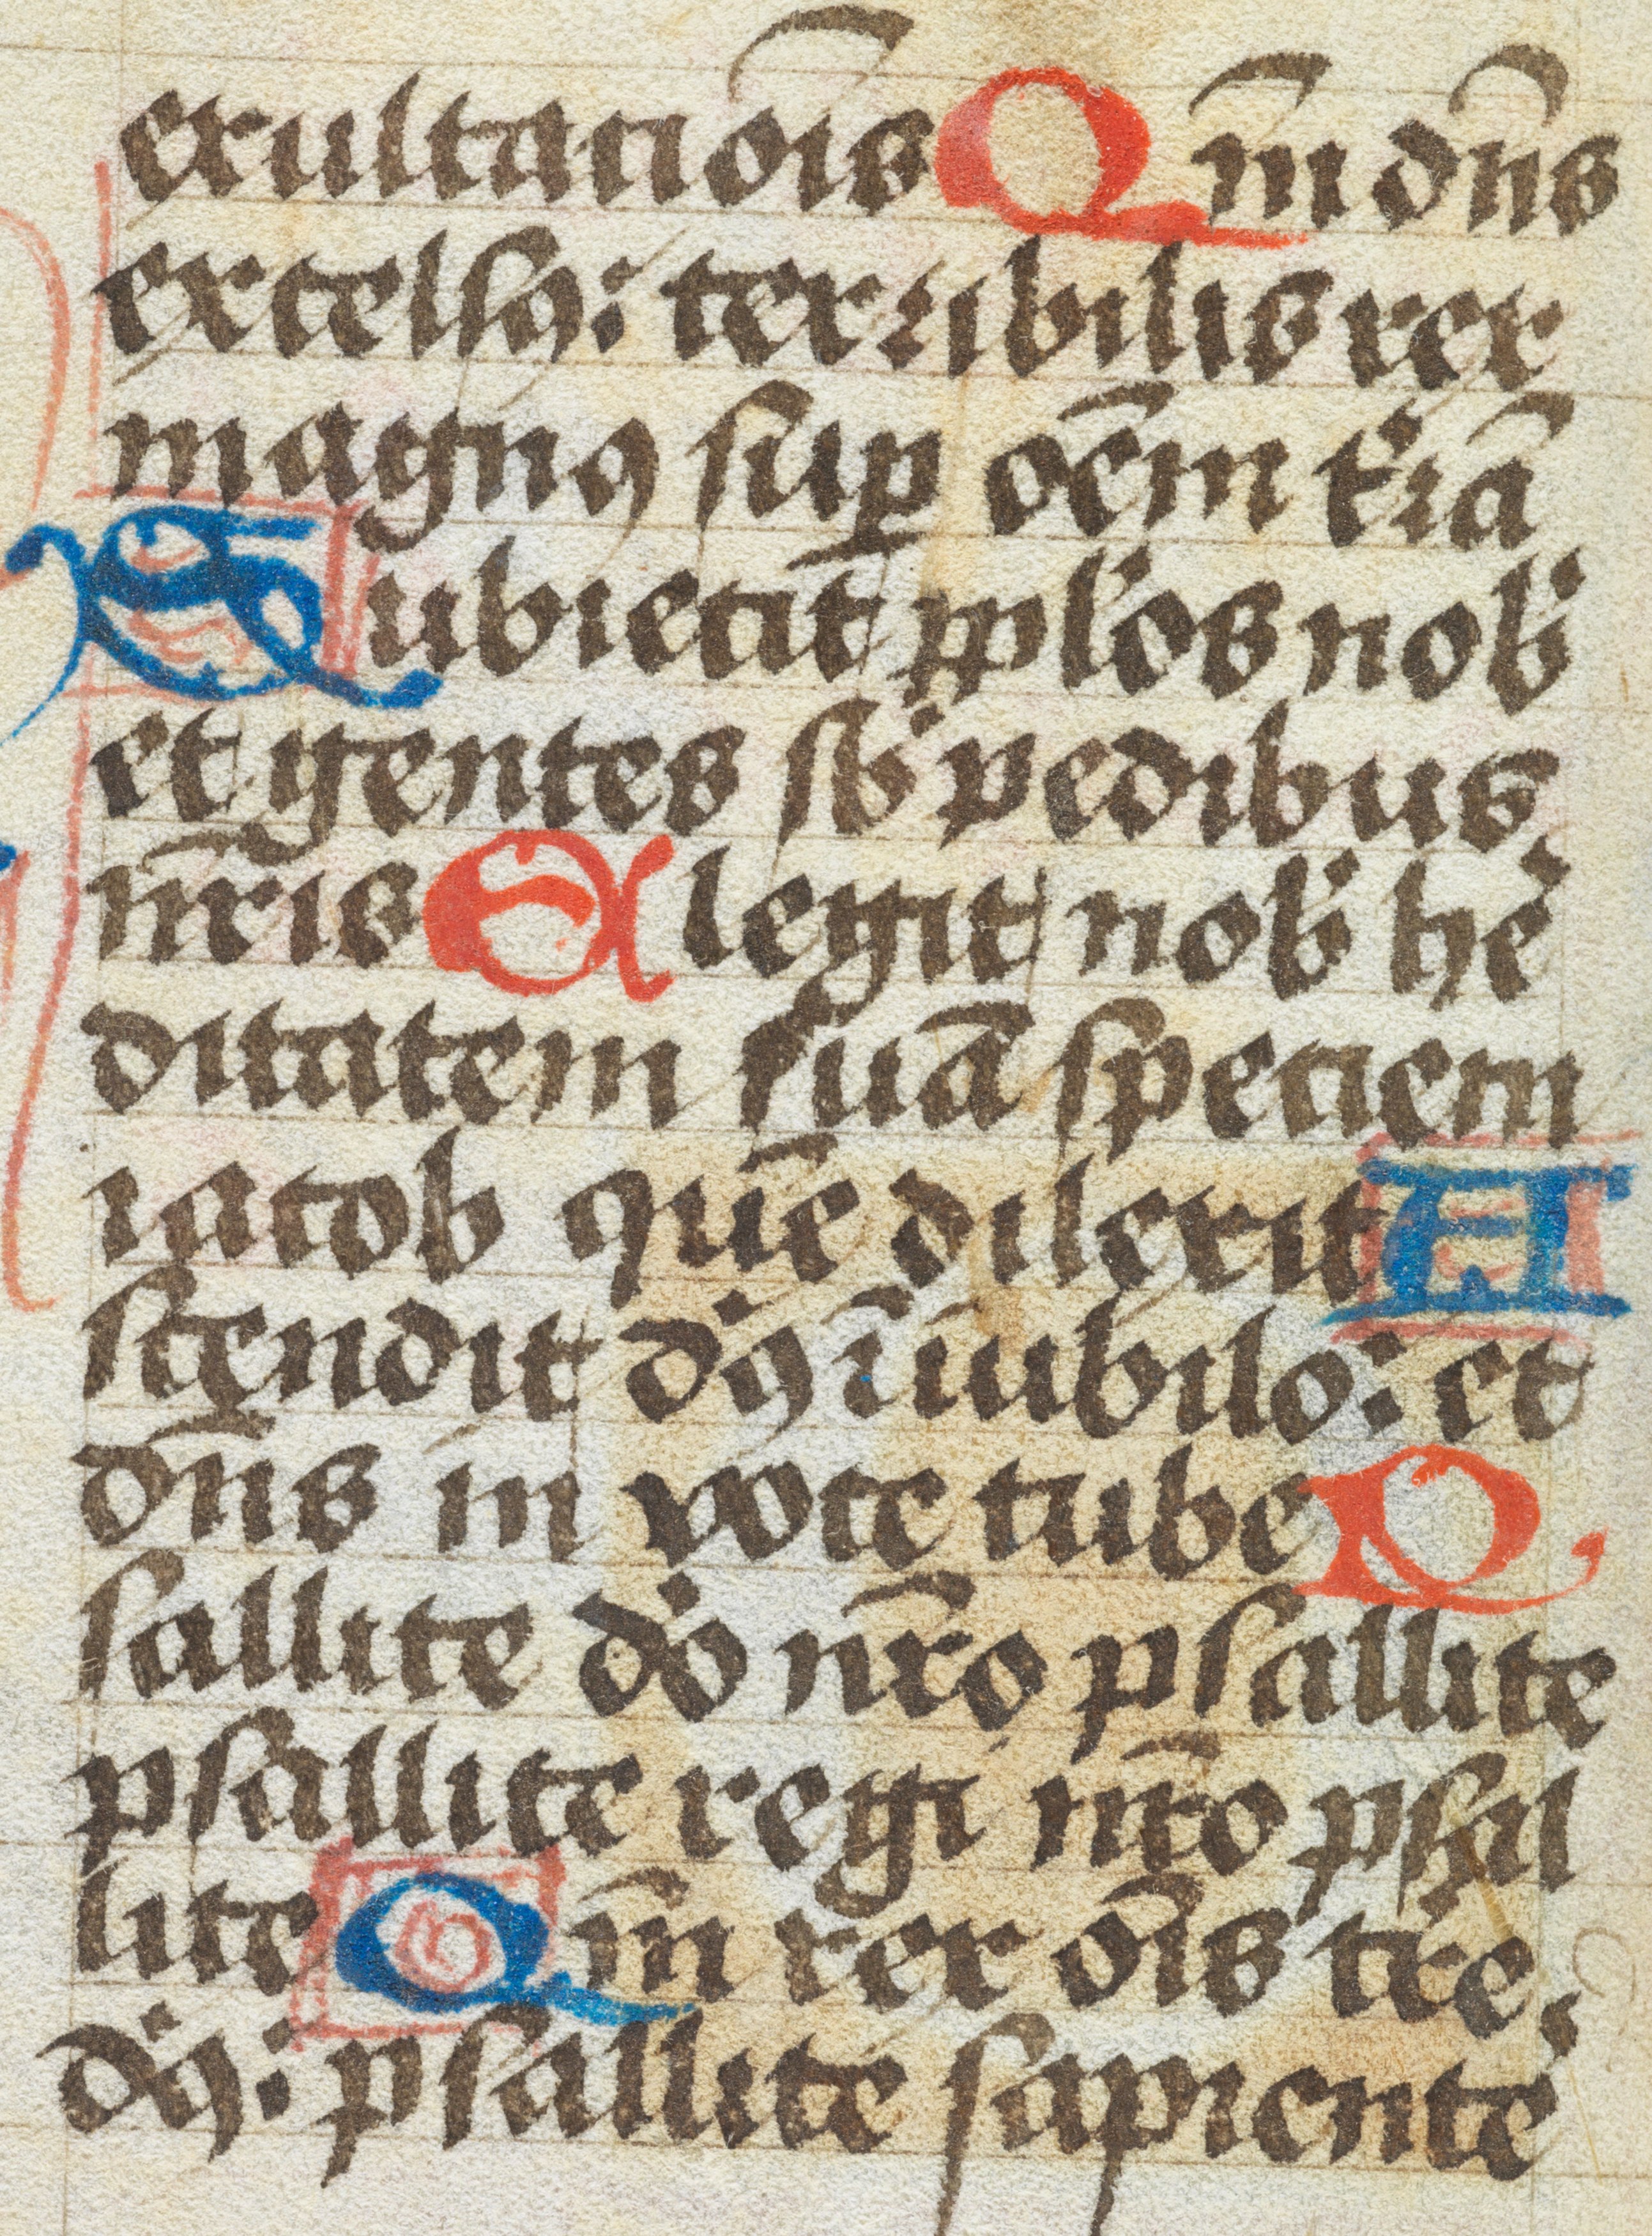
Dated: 1450–1499